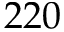
2 2 0